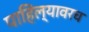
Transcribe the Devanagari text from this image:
पाहिल्यावरच